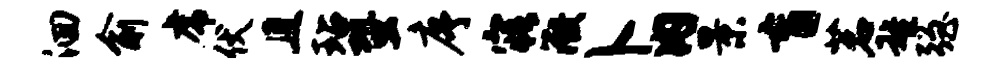
洄俞虎伏且玷蛩序寤微卜内景盲茗雄强